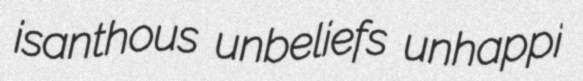
isanthous unbeliefs unhappi